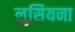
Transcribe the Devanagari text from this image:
लुसियना